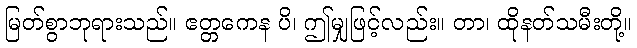
မြတ်စွာဘုရားသည်။ ဧတ္တကေန ပိ၊ ဤမျှဖြင့်လည်း။ တာ၊ ထိုနတ်သမီးတို့။